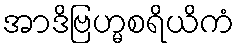
အာဒိဗြဟ္မစရိယိကံ